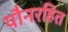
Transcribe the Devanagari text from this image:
यौनरहित